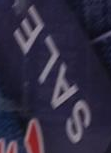
SALE